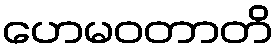
ဟေမဝတာတိ